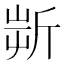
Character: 𣂟